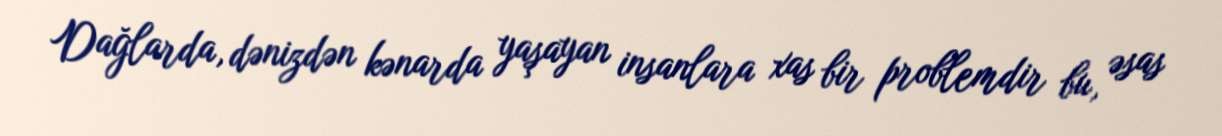
Dağlarda, dənizdən kənarda yaşayan insanlara xas bir problemdir bu, əsas